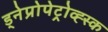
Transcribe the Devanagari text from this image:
ड्नेप्रोपेट्रोव्ह्स्क